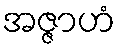
အဇ္ဇာဟံ